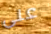
على